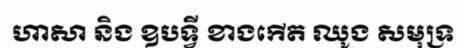
ហាសា និង ឧបទ្វី ខាងកើត ឈូង សមុទ្រ